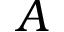
A